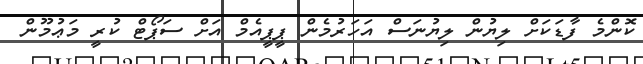
ކޮންމެ ފާޑަކަށް ލިޔުން ލިޔުނަސް އަހަރުމެން ޕީޕީއެމް އަށް ސަޕޯޓް ކުރީ މަޢުމޫން